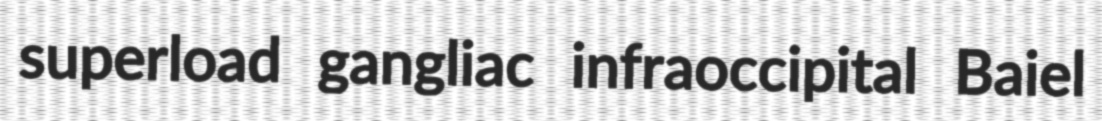
superload gangliac infraoccipital Baiel